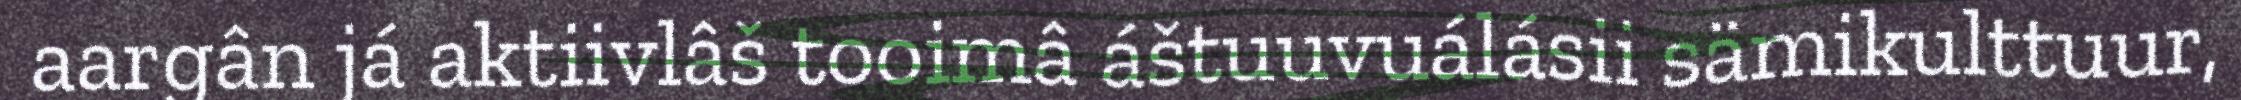
aargân já aktiivlâš tooimâ áštuuvuálásii sämikulttuur,